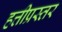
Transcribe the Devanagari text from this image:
हत्तीप्रस्तर